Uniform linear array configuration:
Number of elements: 64
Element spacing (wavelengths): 0.25
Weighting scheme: hann
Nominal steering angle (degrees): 30
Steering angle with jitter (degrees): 31.77
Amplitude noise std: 0.05
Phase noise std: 0.05

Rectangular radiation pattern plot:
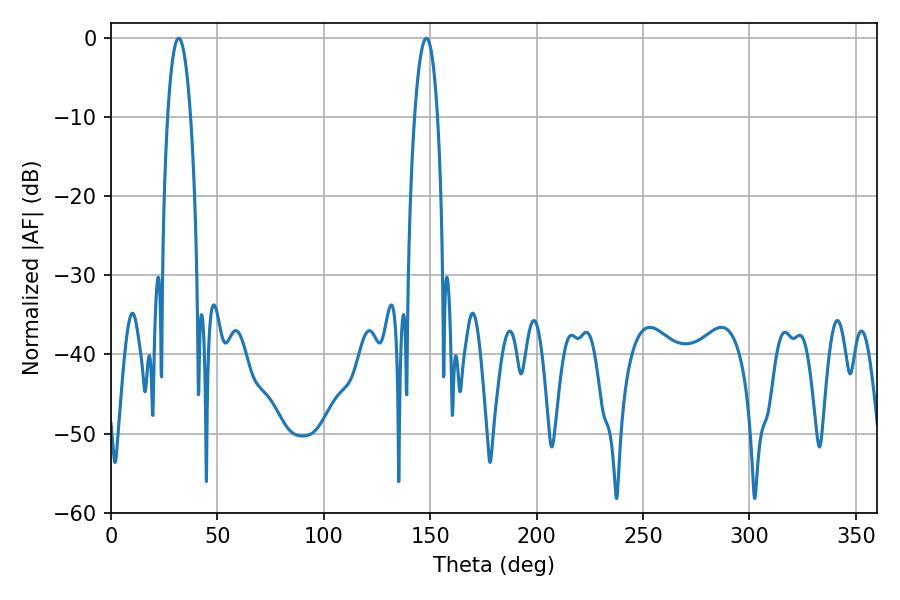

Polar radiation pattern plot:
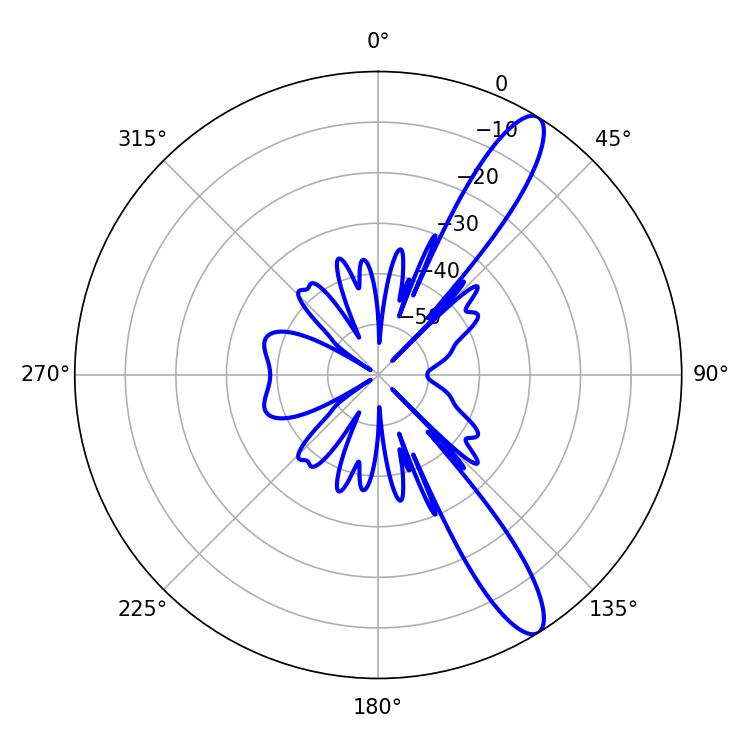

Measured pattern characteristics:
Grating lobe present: FALSE
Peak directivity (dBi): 12.268
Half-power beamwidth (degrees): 6.12
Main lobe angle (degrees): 31.86